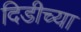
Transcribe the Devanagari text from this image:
दिडीच्या